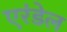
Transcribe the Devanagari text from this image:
एरंडेल